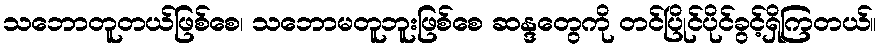
သဘောတူတယ်ဖြစ်စေ၊ သဘောမတူဘူးဖြစ်စေ ဆန္ဒတွေကို တင်ပြိုင်ပိုင်ခွင့်ရှိကြတယ်။